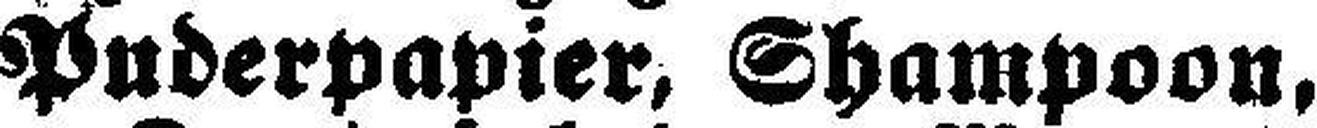
Puderpapier, Shampoon,